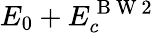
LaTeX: E_{0}+E_{c}^{\mathrm{~B~W~2~}}